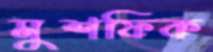
মুশফিক